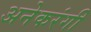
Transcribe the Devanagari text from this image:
अनेकरंगी